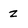
Character: z